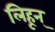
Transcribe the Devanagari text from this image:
लिहून्